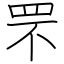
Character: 罘